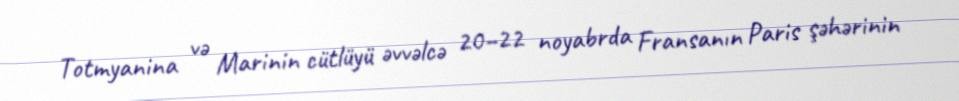
Totmyanina və Marinin cütlüyü əvvəlcə 20–22 noyabrda Fransanın Paris şəhərinin